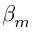
\beta _ { m }